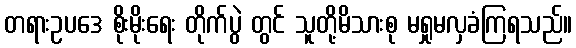
တရားဥပဒေ စိုးမိုးရေး တိုက်ပွဲ တွင် သူတို့မိသားစု မရှုမလှခံကြရသည်။